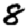
Digit: 8